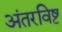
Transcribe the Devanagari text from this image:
अंतरविष्ट